Civil Veterinary Dept. Bombay admin report 1932-41 - 1932-1941
Year: 1932
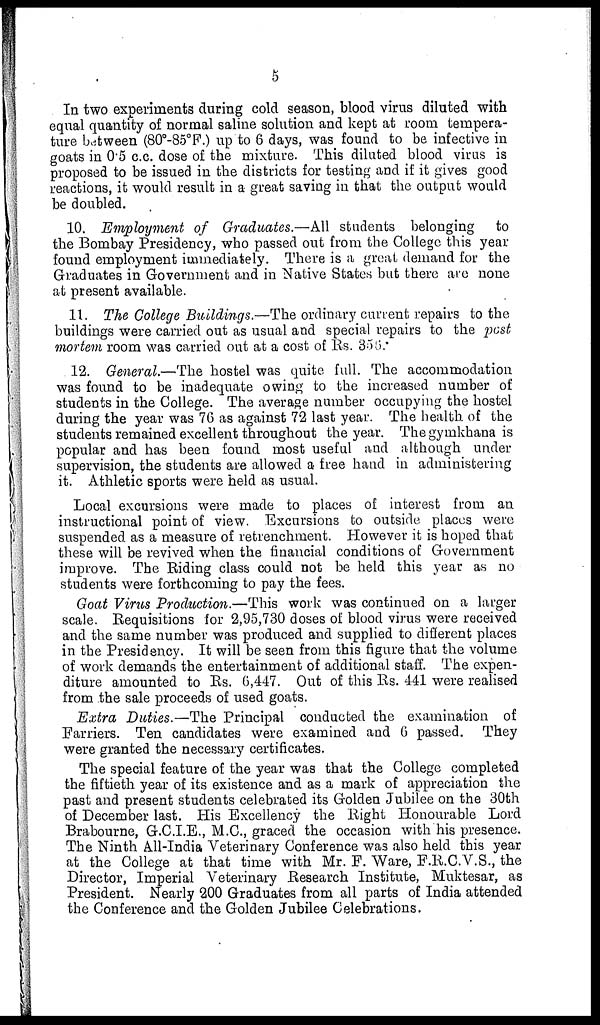
5
In two experiments during cold season, blood virus diluted with
equal quantity of normal saline solution and kept at room tempera-
ture between (80°-85°F.) up to 6 days, was found to be infective in
goats in 0.5 c.c. dose of the mixture. This diluted blood virus is
proposed to be issued in the districts for testing and if it gives good
reactions, it would result in a great saving in that the output would
be doubled.
10. Employment of Graduates.—All students belonging to
the Bombay Presidency, who passed out from the College this year
found employment immediately. There is a great demand for the
Graduates in Government and in Native States but there are none
at present available.
11. The College Buildings.—The ordinary current repairs to the
buildings were carried out as usual and special repairs to the post
mortem room was carried out at a cost of Rs. 356.
12. General.—The hostel was quite full. The accommodation
was found to be inadequate owing to the increased number of
students in the College. The average number occupying the hostel
during the year was 76 as against 72 last year. The health of the
students remained excellent throughout the year. The gymkhana is
popular and has been found most useful and although under
supervision, the students are allowed a free hand in administering
it. Athletic sports were held as usual.
Local excursions were made to places of interest from an
instructional point of view. Excursions to outside places were
suspended as a measure of retrenchment. However it is hoped that
these will be revived when the financial conditions of Government
improve. The Riding class could not be held this year as no
students were forthcoming to pay the fees.
Goat Virus Production.—This work was continued on a larger
scale. Requisitions for 2,95,730 doses of blood virus were received
and the same number was produced and supplied to different places
in the Presidency. It will be seen from this figure that the volume
of work demands the entertainment of additional staff. The expen-
diture amounted to Rs. 6,447. Out of this Rs. 441 were realised
from the sale proceeds of used goats.
Extra Duties.—The Principal conducted the examination of
Farriers. Ten candidates were examined and 6 passed. They
were granted the necessary certificates.
The special feature of the year was that the College completed
the fiftieth year of its existence and as a mark of appreciation the
past and present students celebrated its Golden Jubilee on the 30th
of December last. His Excellency the Right Honourable Lord
Brabourne, G.C.I.E., M.C., graced the occasion with his presence.
The Ninth All-India Veterinary Conference was also held this year
at the College at that time with Mr. F. Ware, F.R.C.V.S., the
Director, Imperial Veterinary Research Institute, Muktesar, as
President. Nearly 200 Graduates from all parts of India attended
the Conference and the Golden Jubilee Celebrations.